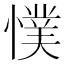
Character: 𭞴